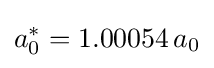
a_{0}^{*}=1.00054\,a_{0}